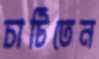
চাটিতেন